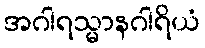
အဂါရသ္မာနဂါရိယံ